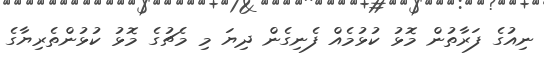
ނިއުގެ ފަރާތުން މޮޅު ކުޅުމެއް ފެނިގެން ދިޔަ މި މެޗުގެ މޮޅު ކުޅުންތެރިޔާގެ